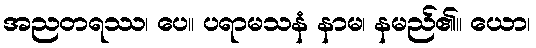
အညတရဿ၊ ပေ။ ပရာမသနံ နာမ၊ နမည်၏။ ယော၊